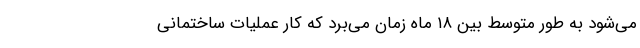
می‌شود به طور متوسط بین ۱۸ ماه زمان می‌برد که کار عملیات ساختمانی